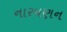
નારયણન